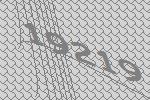
19219